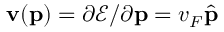
{ \bf v } ( { \bf p } ) = \partial \mathscr { E } / \partial { \bf p } = v _ { F } \hat { \bf p }